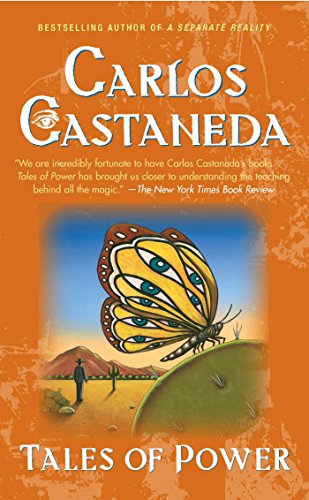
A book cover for Tales of Power; Carlos Castaneda; Religion & Spirituality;